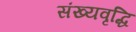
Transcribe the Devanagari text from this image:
संख्यवृद्धि